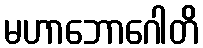
မဟာဘောဂေါတိ